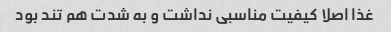
غذا اصلا کیفیت مناسبی نداشت و به شدت هم تند بود